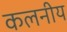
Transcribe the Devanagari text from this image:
कलनीय